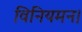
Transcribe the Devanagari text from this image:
विनियमन।